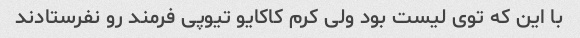
با این که توی لیست بود ولی کرم کاکایو تیوپی فرمند رو نفرستادند